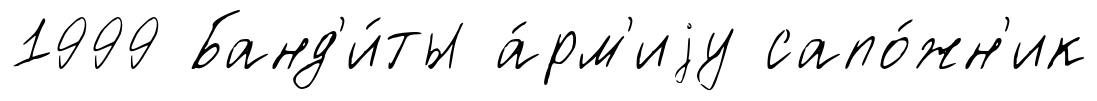
1999 Банд'и́ты а́рм'иjу сапо́жн'ик